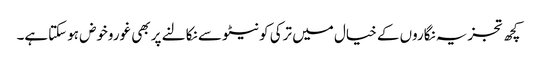
کچھ تجزیہ نگاروں کے خیال میں ترکی کو نیٹو سے نکالنے پر بھی غوروخوض ہوسکتاہے۔